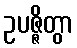
ဥပဇ္ဇိတွာ